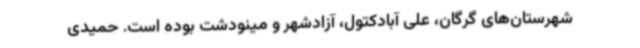
شهرستان‌های گرگان، علی آبادکتول، آزادشهر و مینودشت بوده است. حمیدی